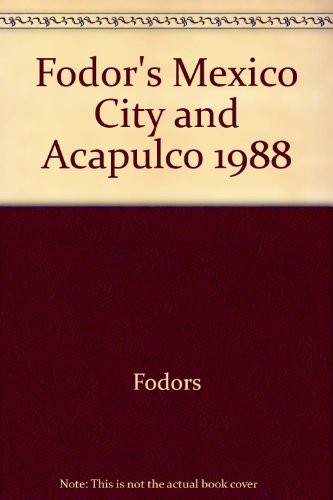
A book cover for Fodor's Mexico City & Acapulco 1988; Travel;